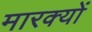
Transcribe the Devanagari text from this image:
मारक्यों